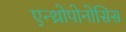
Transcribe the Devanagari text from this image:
एन्थ्रोपोनोसिस